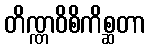
တိဏ္ဏဝိစိကိစ္ဆတာ